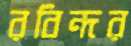
রবিন্দর